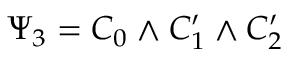
\Psi _ { 3 } = C _ { 0 } \wedge C _ { 1 } ^ { \prime } \wedge C _ { 2 } ^ { \prime }